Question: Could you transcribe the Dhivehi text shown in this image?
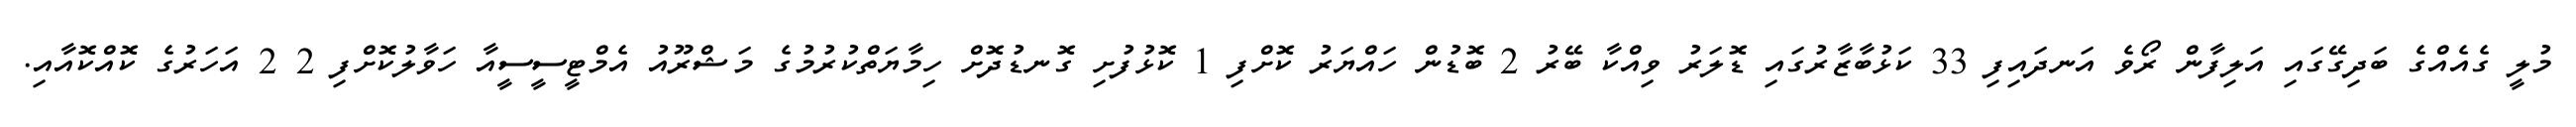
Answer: މުލީ ގެއެއްގެ ބަދިގޭގައި އަލިފާން ރޯވެ އަނދައިފި 33 ކަޅުބާޒާރުގައި ޑޮލަރު ވިއްކާ ބޭރު 2 ބޮޑުން ހައްޔަރު ކޮށްފި 1 ކޮޅުފުށި ގޮނޑުދޮށް ހިމާޔަތްކުރުމުގެ މަޝްރޫއު އެމްޓީސީސީއާ ހަވާލުކޮށްފި 2 2 އަހަރުގެ ކޮއްކޮއާއި.